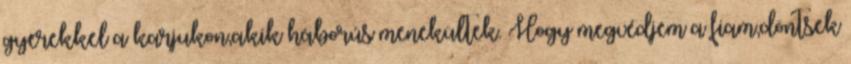
gyerekkel a karjukon,akik háborús menekültek. Hogy megvédjem a fiam,döntsek